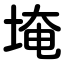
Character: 埯